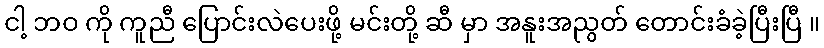
ငါ့ ဘဝ ကို ကူညီ ပြောင်းလဲပေးဖို့ မင်းတို့ ဆီ မှာ အနူးအညွတ် တောင်းခံခဲ့ပြီးပြီ ။